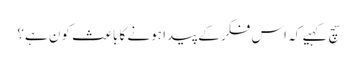
سچ کہیے کہ اس فکر کے پیدا ہونے کا باعث کون ہے؟